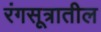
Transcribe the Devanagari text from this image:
रंगसूत्रातील